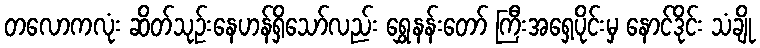
တလောကလုံး ဆိတ်သုဉ်းနေဟန်ရှိသော်လည်း ရွှေနန်းတော် ကြီးအရှေ့ပိုင်းမှ နောင်ဒိုင်း သံချို